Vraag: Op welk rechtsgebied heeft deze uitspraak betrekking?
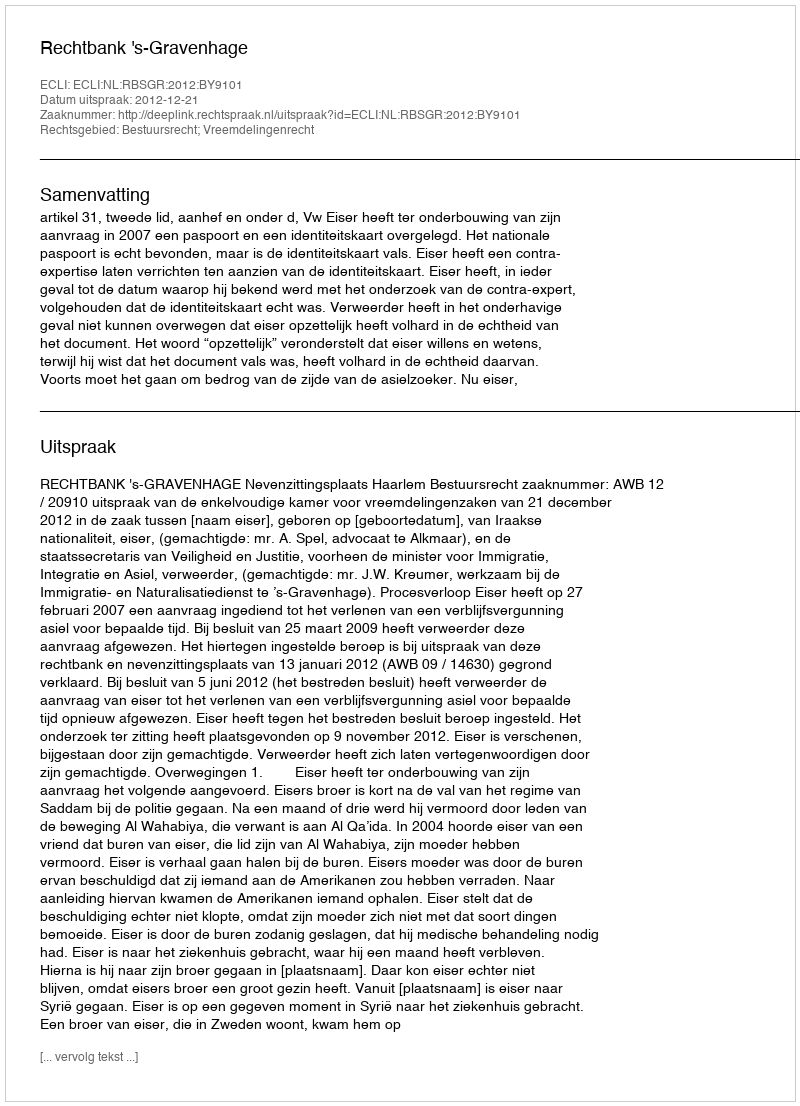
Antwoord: Bestuursrecht; Vreemdelingenrecht